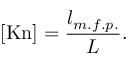
[ \mathrm { K n } ] = \frac { l _ { m . f . p . } } { L } .